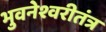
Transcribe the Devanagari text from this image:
भुवनेश्वरीतंत्र